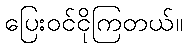
ပြေးဝင်ငိုကြတယ်။